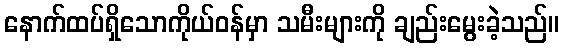
နောက်ထပ်ရှိသောကိုယ်ဝန်မှာ သမီးများကို ချည်းမွေးခဲ့သည်။